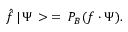
\hat { f } \, | \, \Psi \, > \: = \: P _ { B } ( f \cdot \Psi ) .